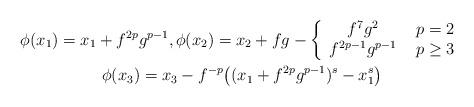
LaTeX: \begin{align*}\begin{gathered}\phi (x_1)=x_1+f^{2p}g^{p-1},\phi (x_2)=x_2+fg-\left\{ \begin{array}{cc}f^7g^2 & \ p=2 \\f^{2p-1}g^{p-1}&\ p\ge 3\end{array}\right.\\\phi (x_3)=x_3-f^{-p}\bigl( (x_1+f^{2p}g^{p-1})^{s}-x_1^{s} \bigr)\end{gathered}\end{align*}